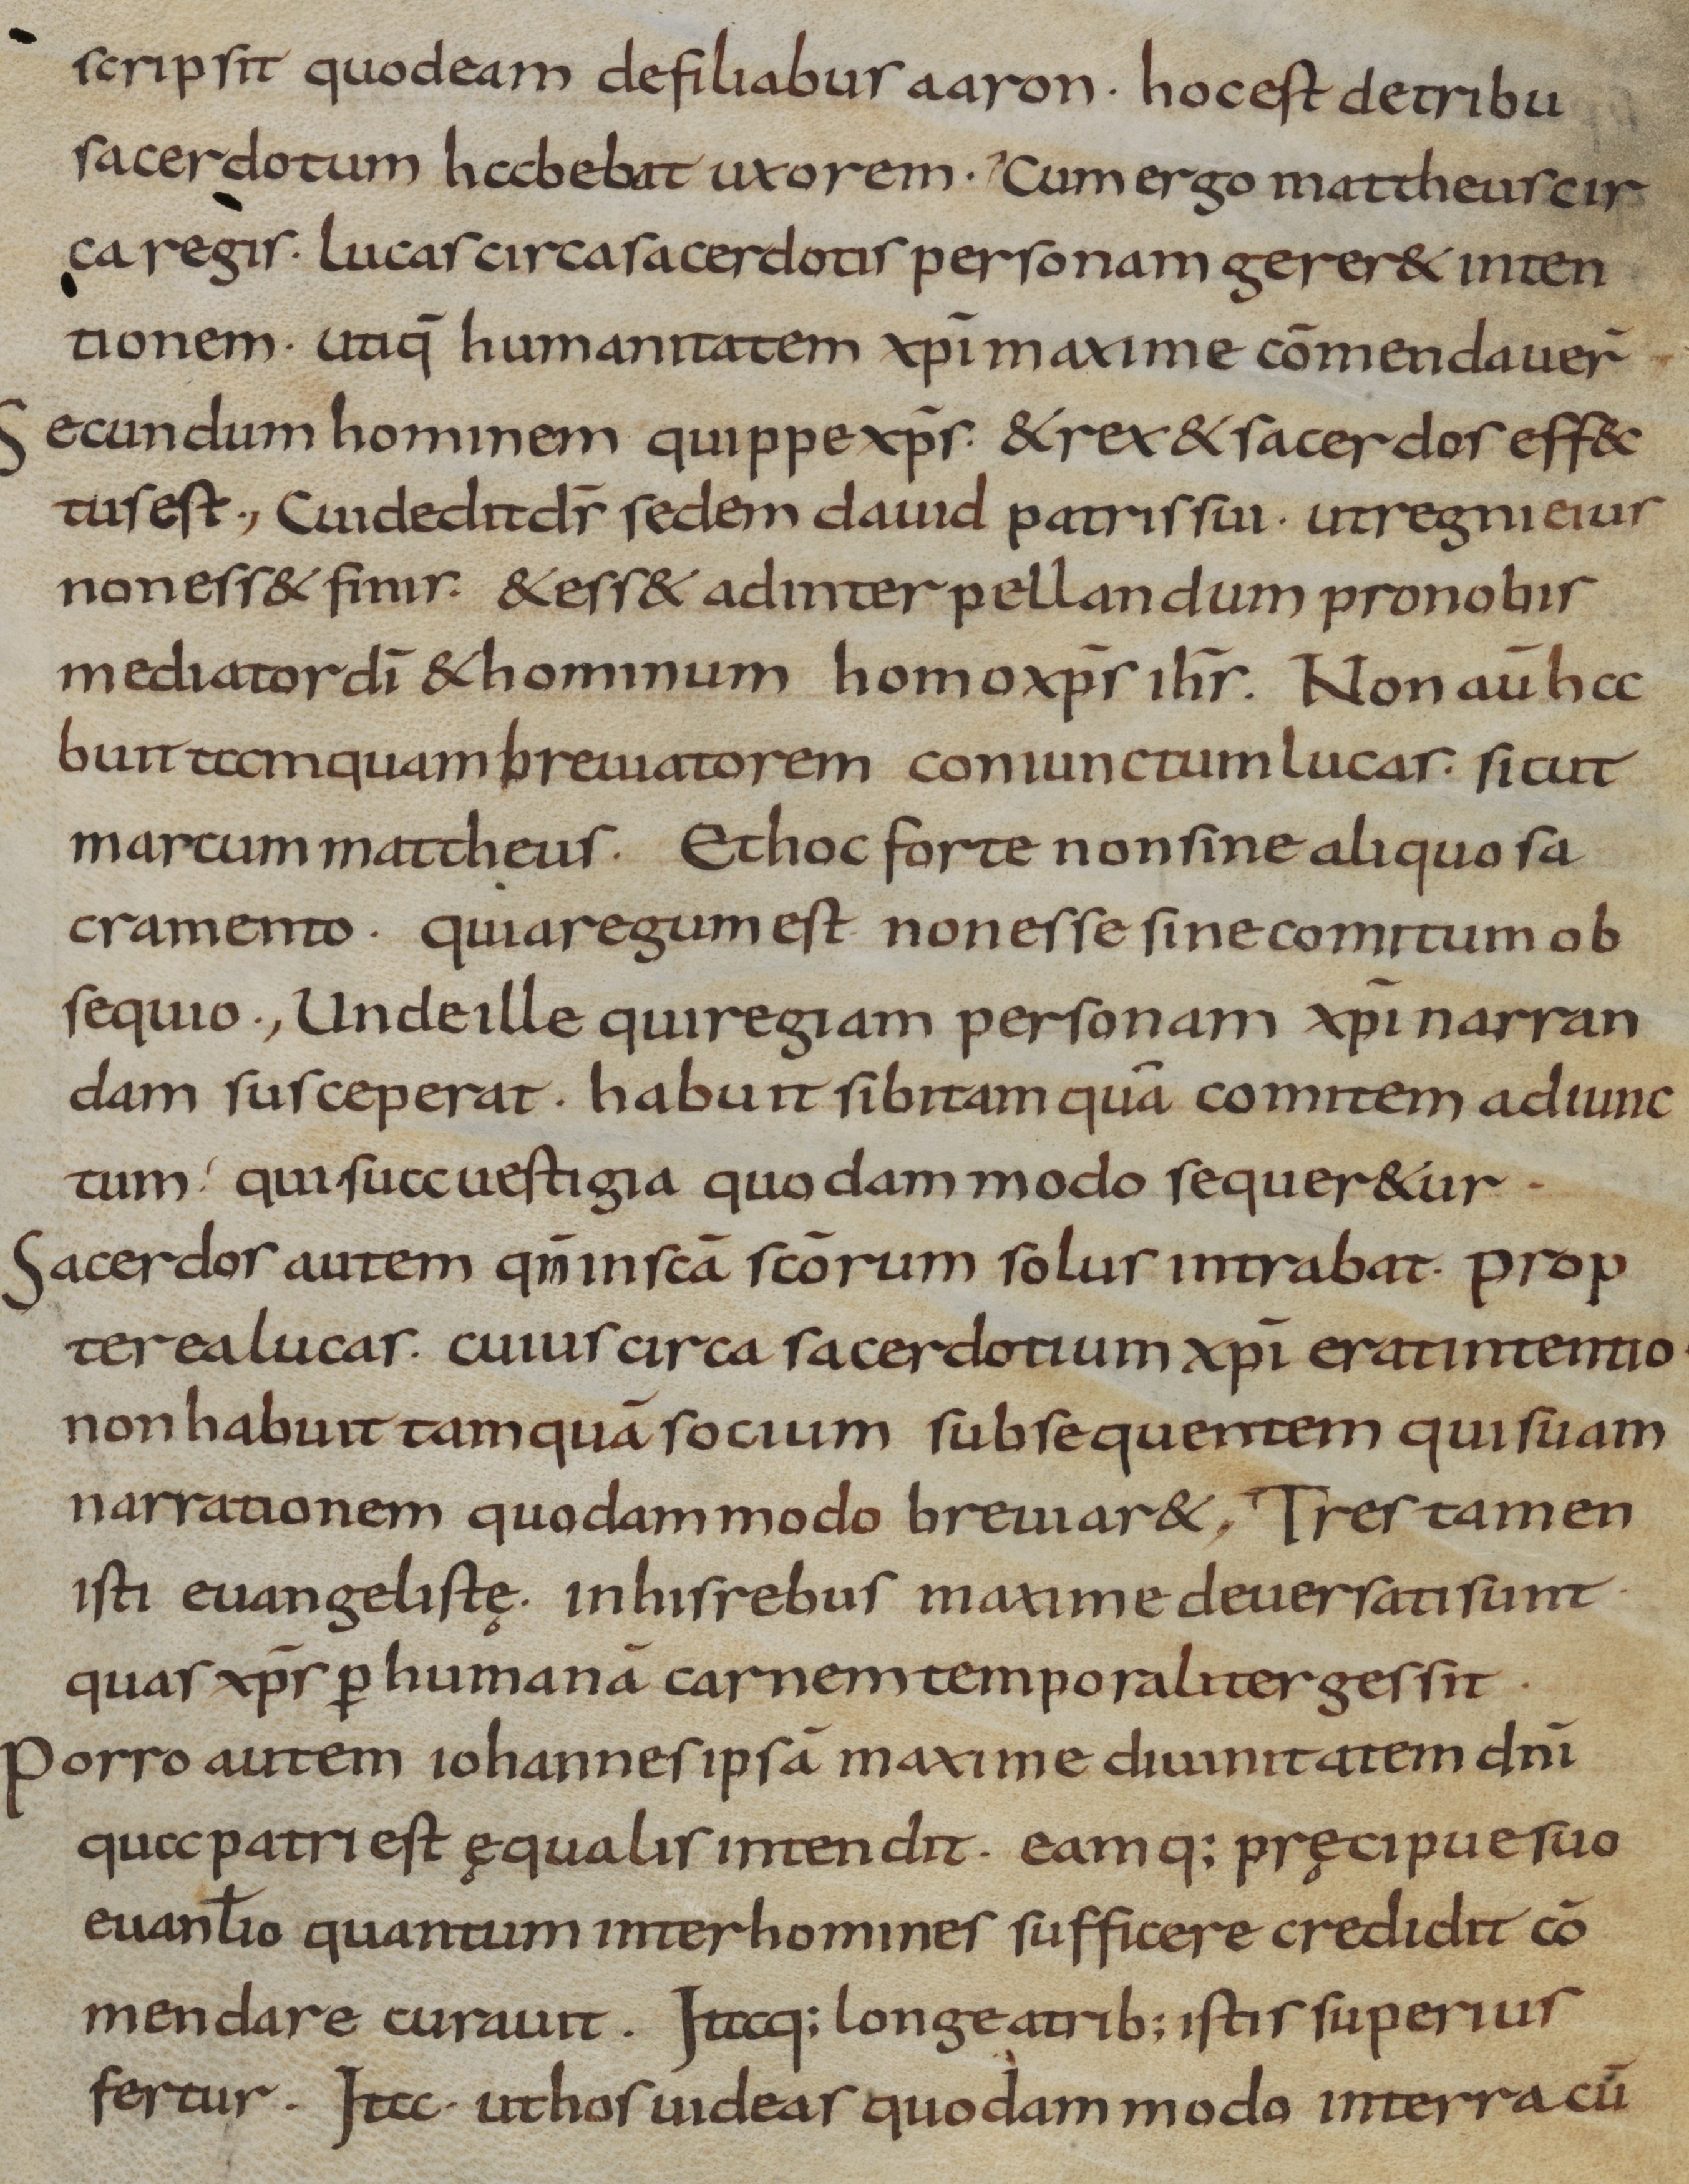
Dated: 800–899